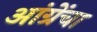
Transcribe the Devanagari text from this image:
आंग्रेंचा